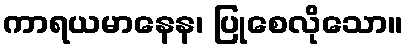
ကာရယမာနေန၊ ပြုစေလိုသော။